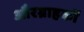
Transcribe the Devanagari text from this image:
औरग्राहकों